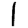
Digit: 1